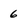
Character: 6